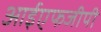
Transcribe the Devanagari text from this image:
आईएफजीपी